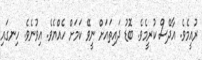
ރުއީމެވެ. އާދޭސް ކުރީމެވެ. ބޮޑު ދައިތައަށް ނީވޭ ކަމަށް ހެއްޔެވެ. އިވުނެވެ. ހިނގައި